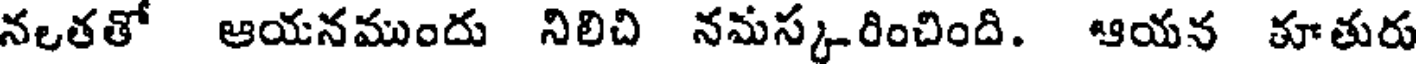
నలతతో ఆయనముందు నిలిచి నమస్కరించింది. ఆయన కూతురు